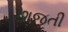
છાજતી